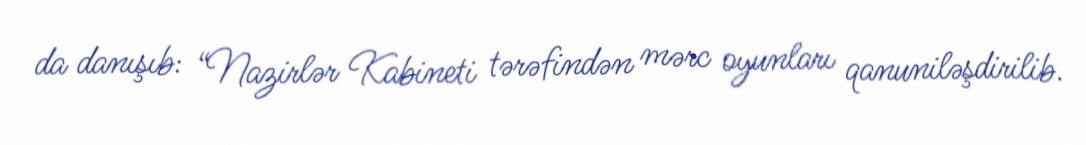
da danışıb: “Nazirlər Kabineti tərəfindən mərc oyunları qanuniləşdirilib.